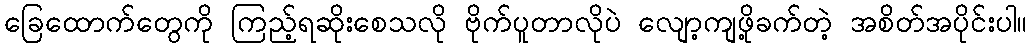
ခြေထောက်တွေကို ကြည့်ရဆိုးစေသလို ဗိုက်ပူတာလိုပဲ လျော့ကျဖို့ခက်တဲ့ အစိတ်အပိုင်းပါ။